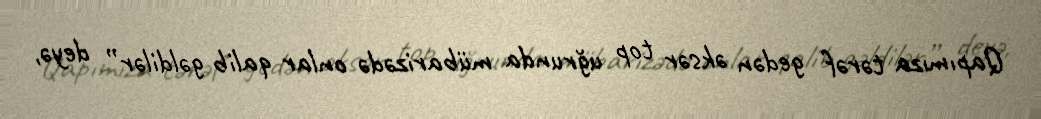
Qapımıza tərəf gedən əksər top uğrunda mübarizədə onlar qalib gəldilər” deyə,